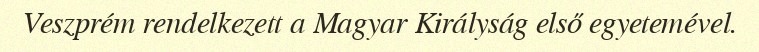
Veszprém rendelkezett a Magyar Királyság első egyetemével.